Medical and sanitary report on the native army of Bombay for the year
Year: 1877
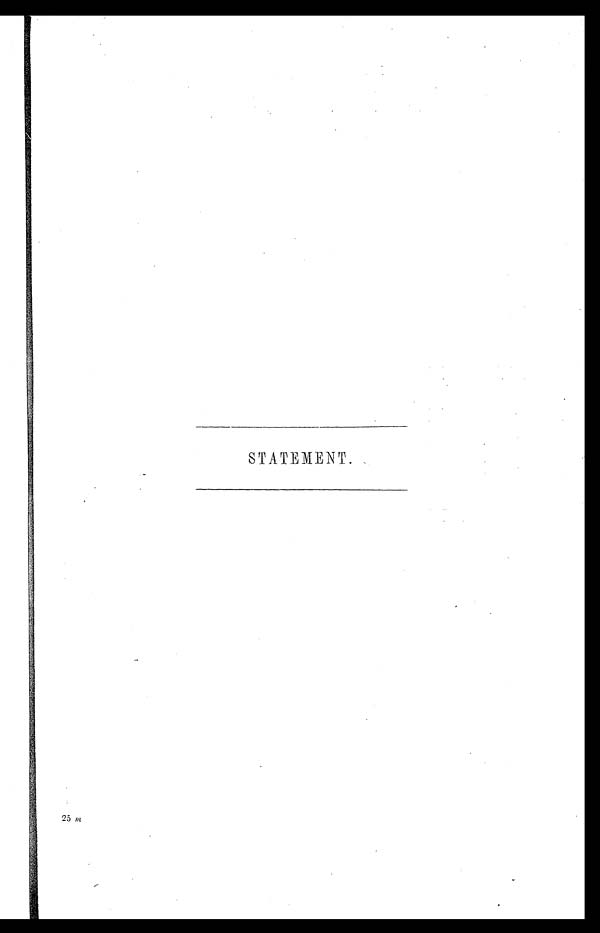
STATEMENT.
25 m